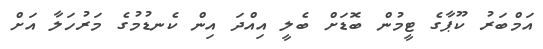
އަމްބަރު ކޫޕާގެ ޓީމުން ބޮޑަށް ބެލީ އިއްދަ އިން ކެނޑުމުގެ މަރުހަލާ އަށް